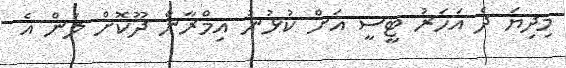
މިދިޔަ ދެ އަހަރު ޓީސީ އަށް ކުޅުނު އިމްރާން ދޫކޮށް ލަން އެ